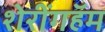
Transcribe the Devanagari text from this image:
शेरींगहॅम